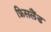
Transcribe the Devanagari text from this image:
फ्रिसलैंड